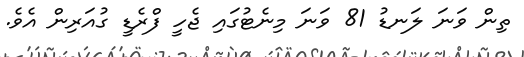
ތިން ވަނަ ލަނޑު 81 ވަނަ މިނެޓުގައި ޖެހީ ފްރެޑީ ގުއަރިން އެވެ.